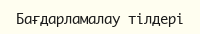
Бағдарламалау тілдері